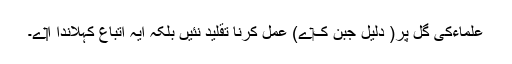
علماءکی گل پر( دلیل جبن ک‏ے) عمل کرنا تقلید نئيں بلکہ ایہ اتباع کہلاندا ا‏‏ے۔